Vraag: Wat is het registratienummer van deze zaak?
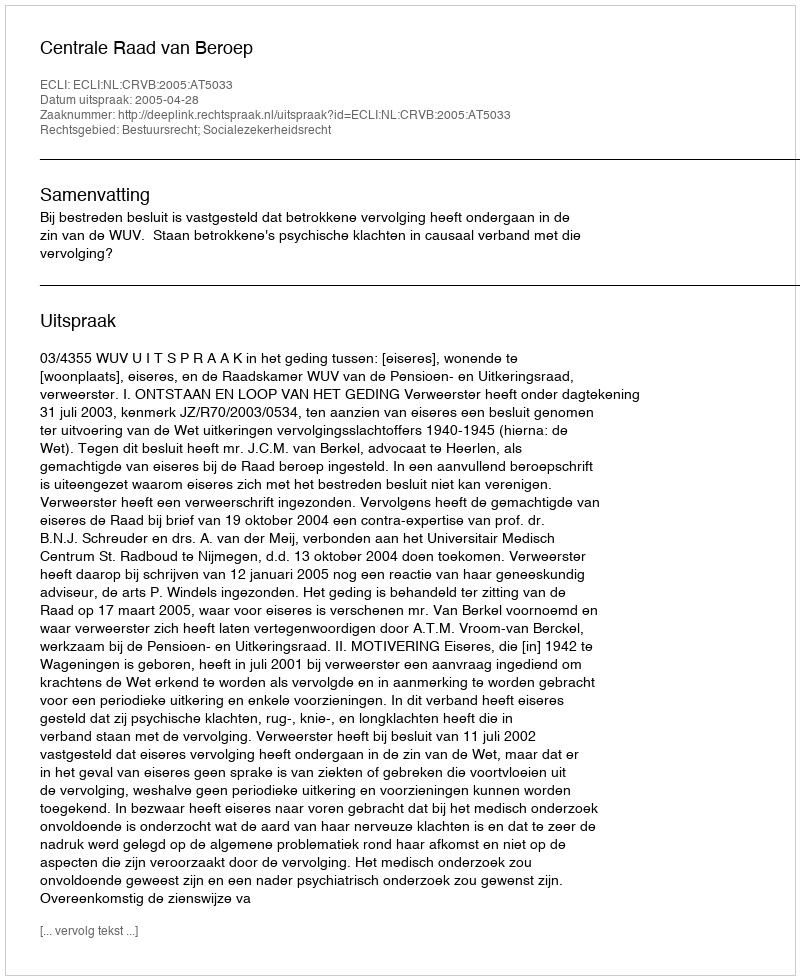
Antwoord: http://deeplink.rechtspraak.nl/uitspraak?id=ECLI:NL:CRVB:2005:AT5033